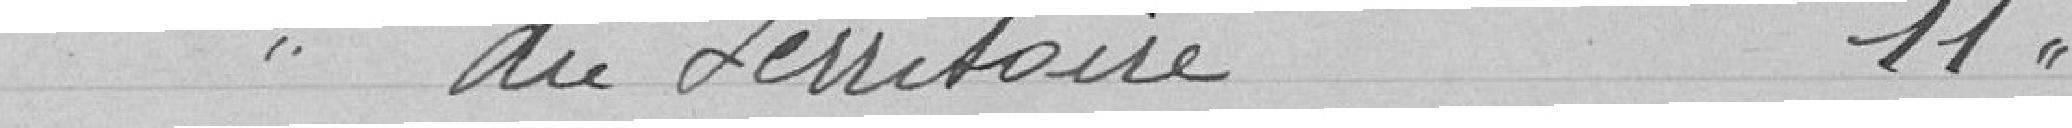
du Territoire 11